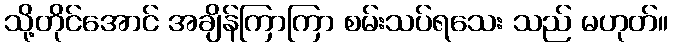
သို့တိုင်အောင် အချိန်ကြာကြာ စမ်းသပ်ရသေး သည် မဟုတ်။